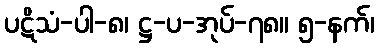
ပဋိသံ-ပါ-၈၊ ဋ္ဌ-ပ-အုပ်-၇၈။ ၅-နက်၊